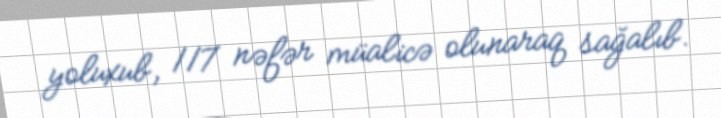
yoluxub, 117 nəfər müalicə olunaraq sağalıb.